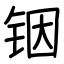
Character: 铟